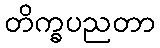
တိက္ခပညတာ